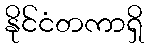
နိုင်ငံတကာရှိ